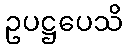
ဥပဋ္ဌပေသိ